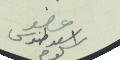
عضو اسعد طنوس سلوم